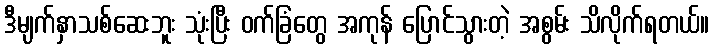
ဒီမျက်နှာသစ်ဆေးဘူး သုံးပြီး ဝက်ခြံတွေ အကုန် ပြောင်သွားတဲ့ အစွမ်း သိလိုက်ရတယ်။